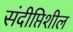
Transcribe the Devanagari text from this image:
संदीप्तिशील